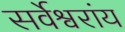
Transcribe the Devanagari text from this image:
सर्वेश्वरांय